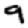
Digit: 9